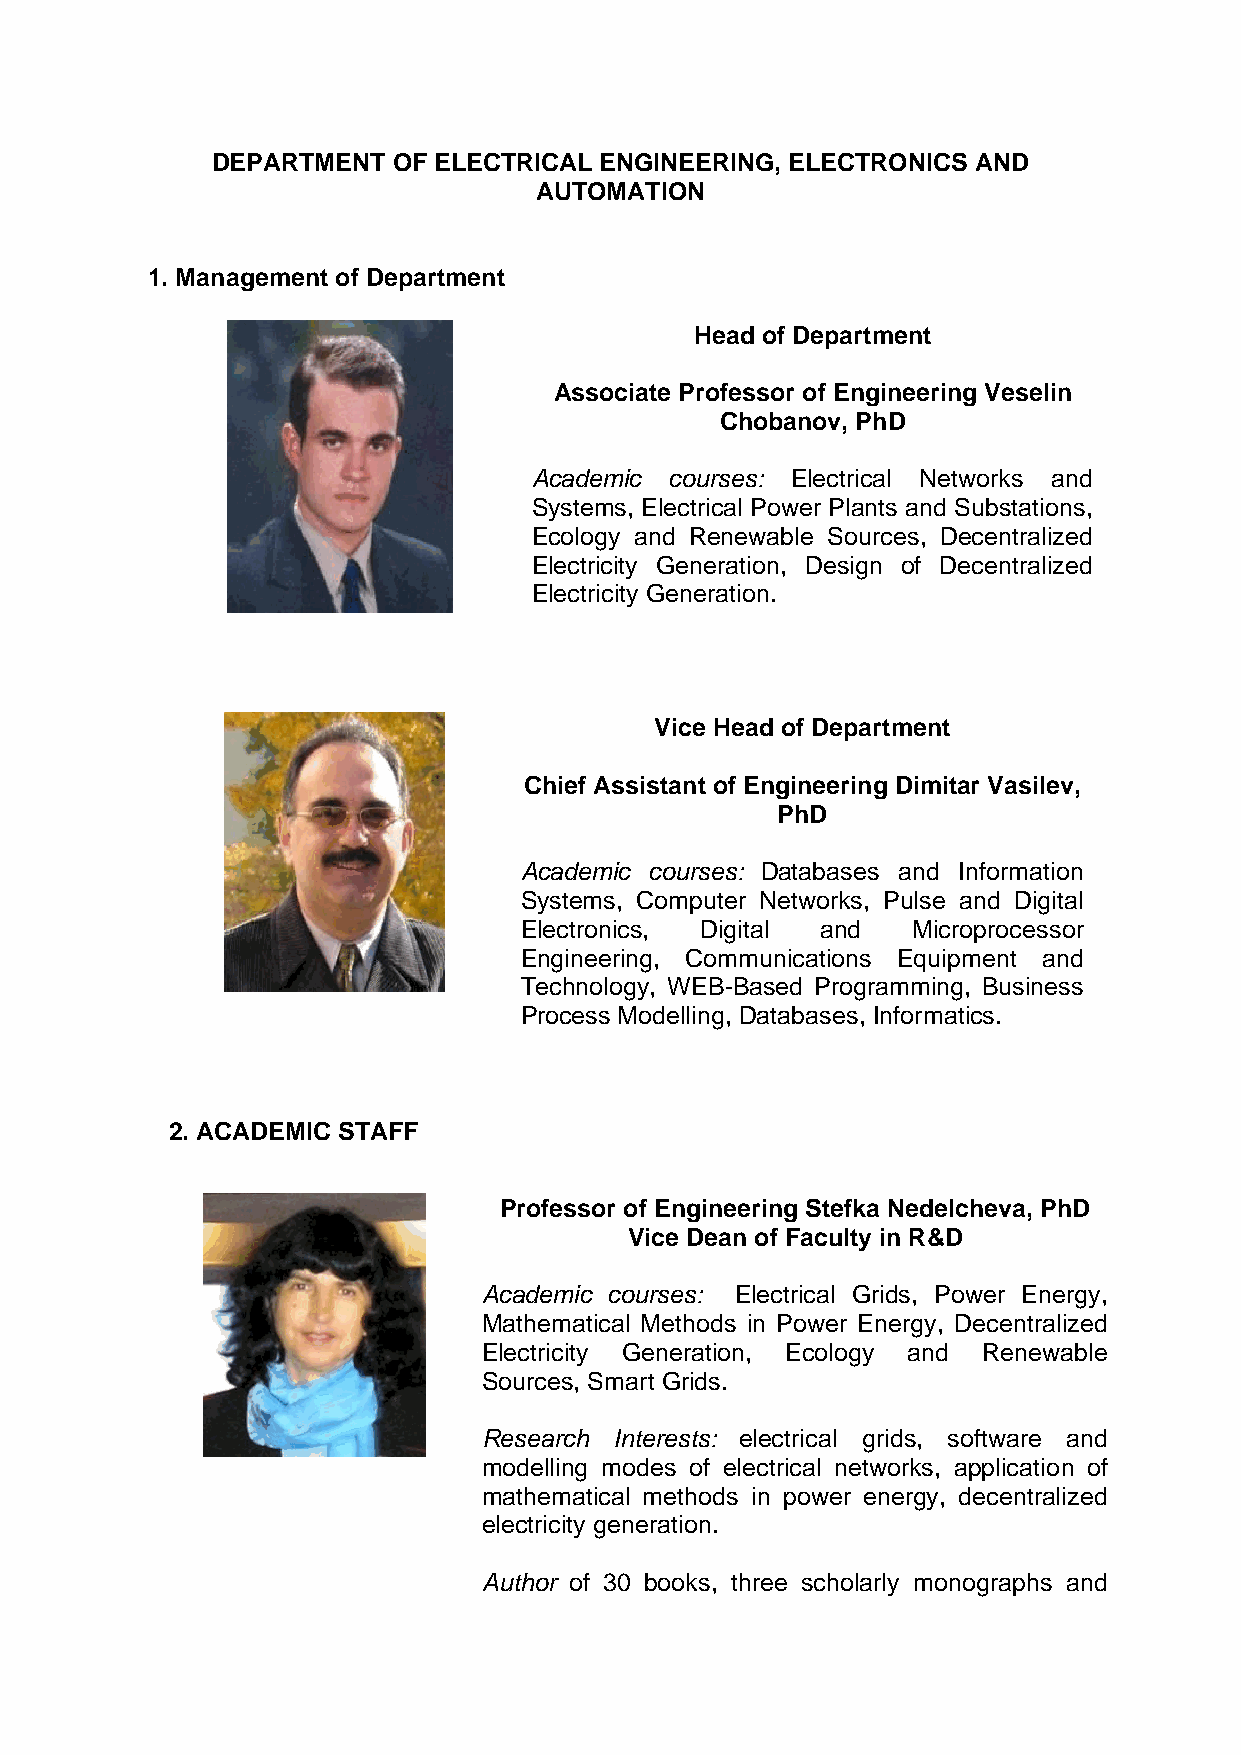
DEPARTMENT  OF ELECTRICAL ENGINEERING, ELECTRONICS AND
 AUTOMATION
 1. Management of Department
 Head of Department
 Associate Professor of Engineering Veselin
 Chobanov, PhD
 Academic courses: Electrical Networks and
 Systems, Electrical Power Plants and Substations,
 Ecology and Renewable Sources, Decentralized
 Electricity Generation, Design of Decentralized
 Electricity Generation.
 Vice Head of Department
 Chief Assistant of Engineering Dimitar Vasilev,
 PhD
 Academic courses: Databases and Information
 Systems, Computer Networks, Pulse and Digital
 Electronics, Digital and  Microprocessor
 Engineering, Communications Equipment and
 Technology, WEB-Based Programming, Business
 Process Modelling, Databases, Informatics.
 2. ACADEMIC STAFF
 Professor of Engineering Stefka Nedelcheva, PhD
 Vice Dean of Faculty in R&D
 Academic courses: Electrical Grids, Power Energy,
 Mathematical Methods in Power Energy, Decentralized
 Electricity Generation, Ecology and Renewable
 Sources, Smart Grids.
 Research Interests: electrical grids, software and
 modelling modes of electrical networks, application of
 mathematical methods in power energy, decentralized
 electricity generation.
 Author of 30 books, three scholarly monographs and